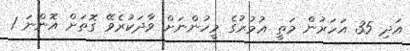
އަދި 35 އަހަރުން މަތީ ޢުމުރުގެ މީހުންނަށް ވާދަކުރެވޭ ގޮތަށް އޮންނަ 1